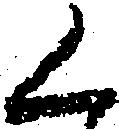
く